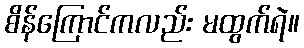
စိန်ကြောင်ကလည်း မထွက်ရဲ။